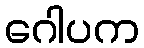
ဂေါပက